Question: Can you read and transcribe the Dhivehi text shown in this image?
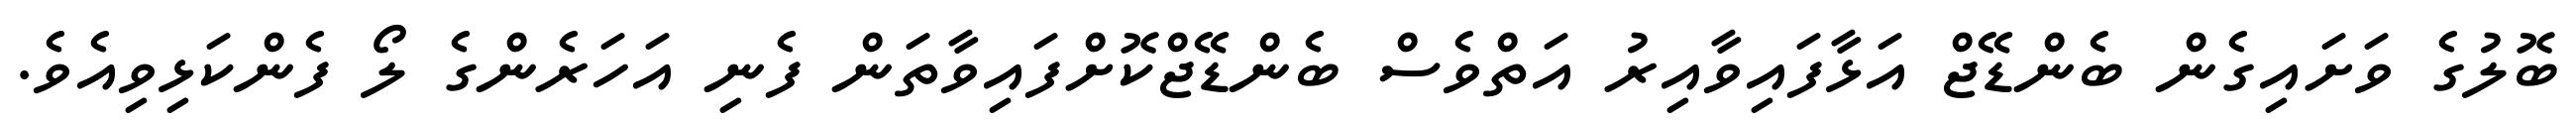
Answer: ބޮލުގެ ވަށައިގެން ބެންޑޭޖް އަޅާފައިވާއިރު އަތްވެސް ބެންޑޭޖްކޮށްފައިވާތަން ފެނި އަހަރެންގެ ލޯ ފެންކަޅިވިއެވެ.